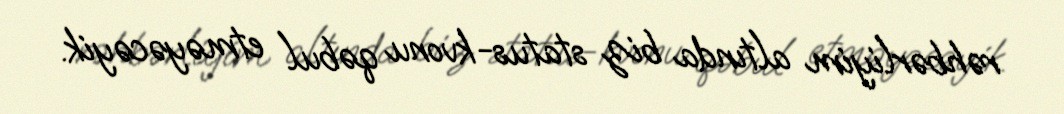
rəhbərliyim altında biz status-kvonu qəbul etməyəcəyik.